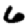
Digit: 6